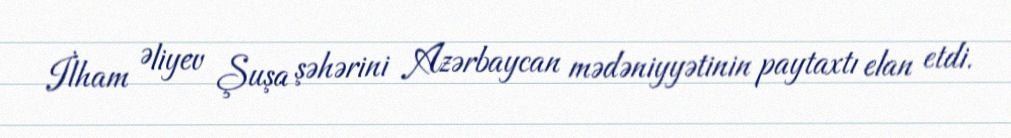
İlham Əliyev Şuşa şəhərini Azərbaycan mədəniyyətinin paytaxtı elan etdi.